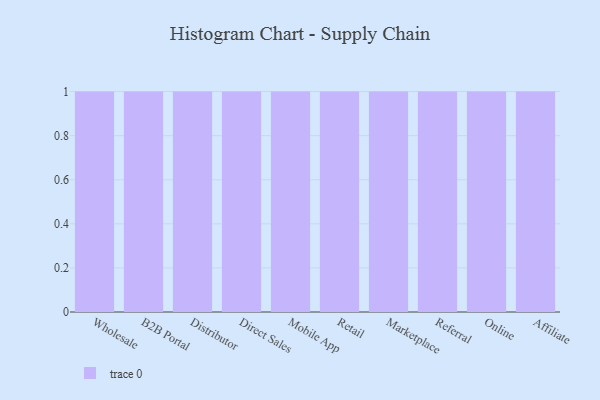
{"axis": {"x": "Channel", "y": "Backlog"}, "legend": [""], "data": [{"x": "Wholesale", "y": 94, "type": ""}, {"x": "B2B Portal", "y": 20, "type": ""}, {"x": "Distributor", "y": 69, "type": ""}, {"x": "Direct Sales", "y": 30, "type": ""}, {"x": "Mobile App", "y": 93, "type": ""}, {"x": "Retail", "y": 31, "type": ""}, {"x": "Marketplace", "y": 26, "type": ""}, {"x": "Referral", "y": 23, "type": ""}, {"x": "Online", "y": 82, "type": ""}, {"x": "Affiliate", "y": 41, "type": ""}]}